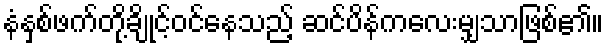
နံနှစ်ဖက်တို့ချိုင့်ဝင်နေသည့် ဆင်ပိန်ကလေးမျှသာဖြစ်၏။